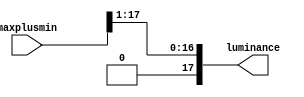
// LUMINANCE MODULE
// Inputs:
// 	maxplusmin = [0..2] in 2.16 fixed point
// Outputs:
//    luminance  = [0..1] in 2.16 fixed point

module luminance (
	input  [17:0] maxplusmin,
	output [17:0] luminance
);
	// Simply shift max+min right by one
	assign luminance = maxplusmin >> 1;
endmodule